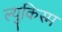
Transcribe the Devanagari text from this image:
ल्युकिस्म